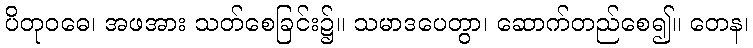
ပိတုဝဓေ၊ အဖအား သတ်စေခြင်း၌။ သမာဒပေတွာ၊ ဆောက်တည်စေ၍။ တေန၊